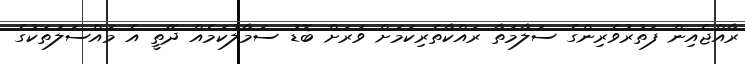
ރާއްޖެއިން ފަތުރުވެރިންގެ ސަލާމަތާ ރައްކާތެރިކަމަށް ވަރަށް ބޮޑު ސަމާލުކަމެއް ދޭތީ އެ މައްސަލަތަކުގެ